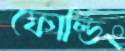
ফোল্ডিং